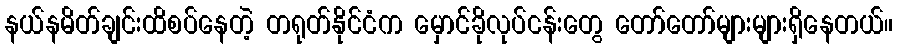
နယ်နမိတ်ချင်းထိစပ်နေတဲ့ တရုတ်နိုင်ငံက မှောင်ခိုလုပ်ငန်းတွေ တော်တော်များများရှိနေတယ်။